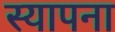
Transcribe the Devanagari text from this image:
स्यापना